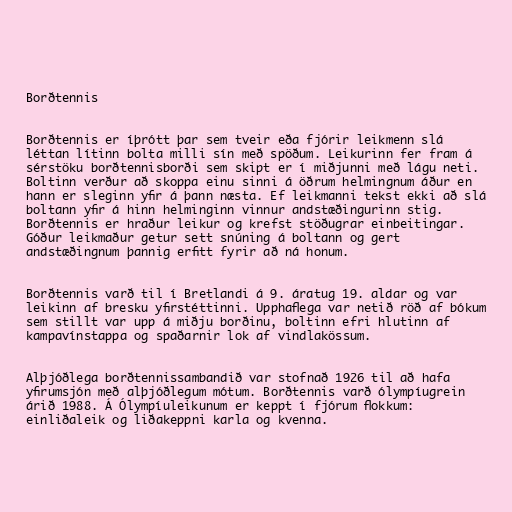
Borðtennis

Borðtennis er íþrótt þar sem tveir eða fjórir leikmenn slá
léttan lítinn bolta milli sín með spöðum. Leikurinn fer fram á
sérstöku borðtennisborði sem skipt er í miðjunni með lágu neti.
Boltinn verður að skoppa einu sinni á öðrum helmingnum áður en
hann er sleginn yfir á þann næsta. Ef leikmanni tekst ekki að slá
boltann yfir á hinn helminginn vinnur andstæðingurinn stig.
Borðtennis er hraður leikur og krefst stöðugrar einbeitingar.
Góður leikmaður getur sett snúning á boltann og gert
andstæðingnum þannig erfitt fyrir að ná honum.

Borðtennis varð til í Bretlandi á 9. áratug 19. aldar og var
leikinn af bresku yfirstéttinni. Upphaflega var netið röð af bókum
sem stillt var upp á miðju borðinu, boltinn efri hlutinn af
kampavínstappa og spaðarnir lok af vindlakössum.

Alþjóðlega borðtennissambandið var stofnað 1926 til að hafa
yfirumsjón með alþjóðlegum mótum. Borðtennis varð ólympíugrein
árið 1988. Á Ólympíuleikunum er keppt í fjórum flokkum:
einliðaleik og liðakeppni karla og kvenna.